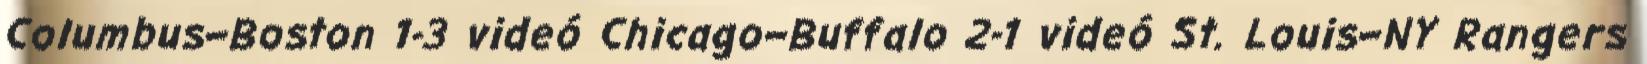
Columbus–Boston 1-3 videó Chicago–Buffalo 2-1 videó St. Louis–NY Rangers